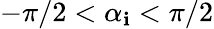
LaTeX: -\pi/2<\alpha_{\mathbf{i}}<\pi/2